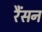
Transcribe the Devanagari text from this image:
रैंसन